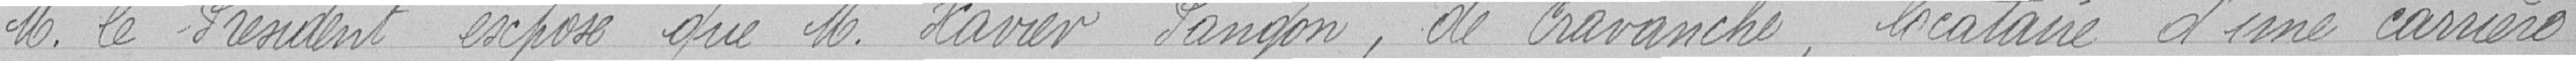
M. le Président expose que M. Xavier Pangon, de cravanche, locataire d'une carrière